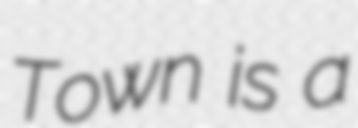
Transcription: Town is a